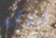
شلل